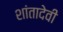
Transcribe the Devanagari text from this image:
शांतादेवी